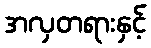
အလှတရားနှင့်